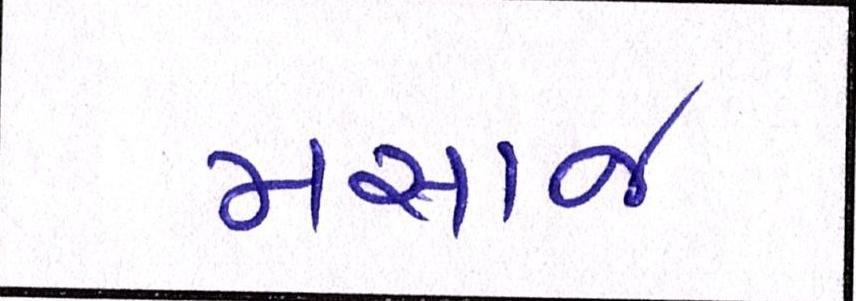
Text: મસાજ